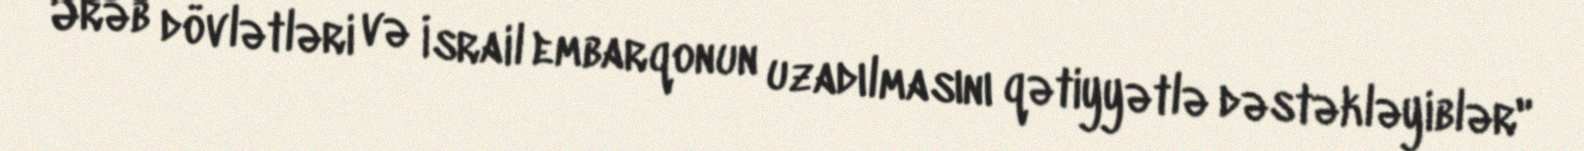
Ərəb dövlətləri və İsrail embarqonun uzadılmasını qətiyyətlə dəstəkləyiblər"